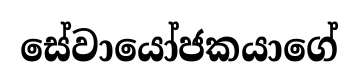
සේවායෝජකයාගේ